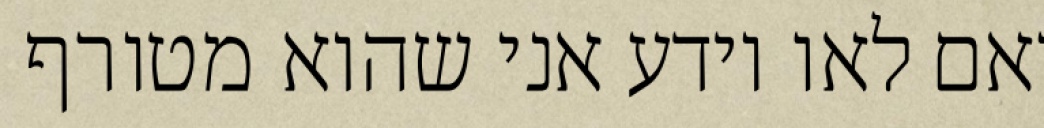
ואם לאו יודע אני שהוא מטורף